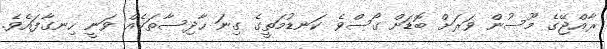
ރާއްޖޭގެ މޫސުން ވަރަށް ބޮޑަށް ގޯސްވެ ކަނޑުމަތީގެ ގިނަ ހާދިސާތަކެއް ވަނީ ހިނގާފައެވެ.